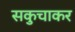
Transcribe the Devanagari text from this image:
सकुचाकर